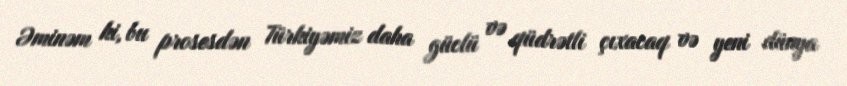
Əminəm ki, bu prosesdən Türkiyəmiz daha güclü və qüdrətli çıxacaq və yeni dünya